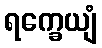
ရက္ခေယျံ